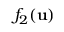
f _ { 2 } ( { \mathbf { u } } )